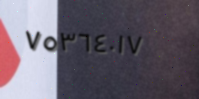
٧٥٣٦٤٠١٧